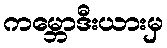
ကမ္ဘောဒီးယားမှ